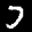
Label: 7